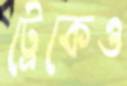
ট্রেকেও